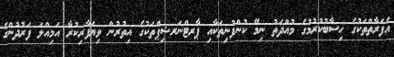
އެފަރާތްތަކުގެ ހިސާބުކުރުމުގެ މުއްދަތު ނިމޭ ކުންފުނިތަކާއި ޕާރޓްނަރޝިޕްތަކުގެ އިތުރުން ވިޔަފާރިކުރާ އަމިއްލަ ފަރުދުންގެ